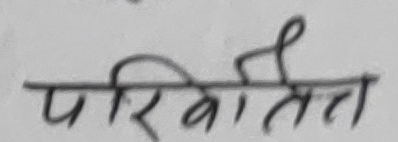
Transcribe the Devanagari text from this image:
परिभाषित